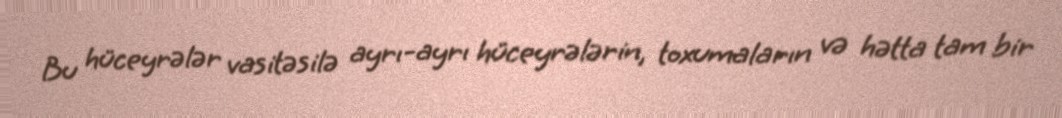
Bu hüceyrələr vasitəsilə ayrı-ayrı hüceyrələrin, toxumaların və hətta tam bir